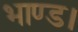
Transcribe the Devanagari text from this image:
भाण्ड।